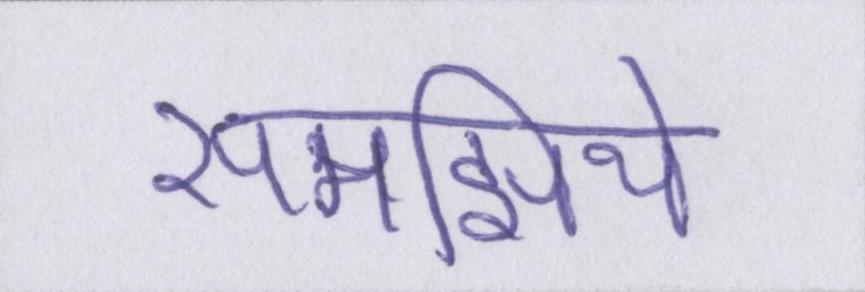
समझिये